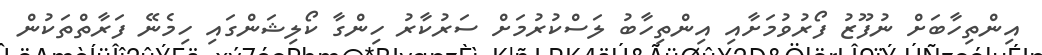
އިންތިހާބަށް ނުފޫޒު ފޯރުވުމަށާއި އިންތިހާބު ލަސްކުރުމަށް ސަރުކާރު ހިންގާ ކޯލިޝަންގައި ހިމެނޭ ފަރާތްތަކުން